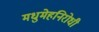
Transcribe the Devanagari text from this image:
मधुमेहनिरोधी